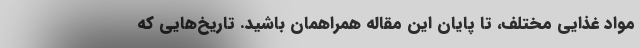
مواد غذایی مختلف، تا پایان این مقاله همراهمان باشید. تاریخ‌هایی که